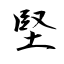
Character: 堅